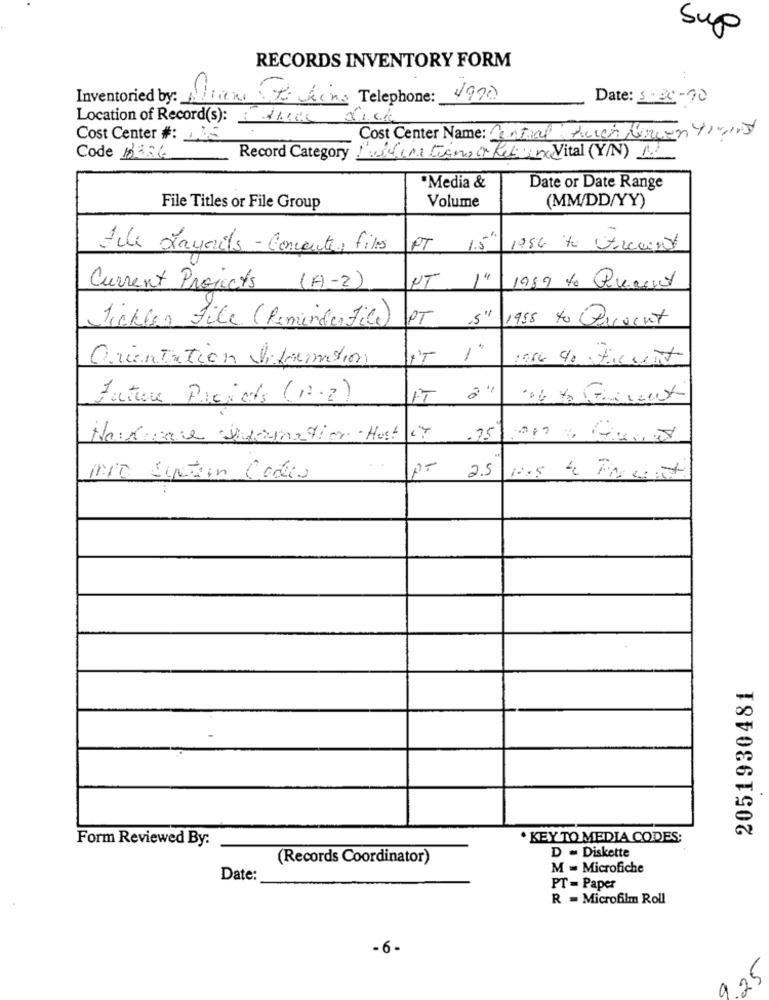
Sup
RECORDS INVENTORY FORM
Inventoried by: Arin to kina Telephone:
1900
Date: 5-30-90
Location of Record(s): Éticas Sick
Cost Center #: 135
Cost Center Name: Central Auch Hercon trains
Code 18336
Record Category
Publications a Recien Vital (Y/N) 1
·Media &
Date or Date Range
Volume
File Titles or File Group
(MM/DD/YY)
Alle J'avais - Computer files
PT 1.5"
1986 to trant
NT 1"
Current Projects
(A)-2)
1989 to Quant
Tickler File (ReminderFile) PT "
1958 to Prevent
Orientation Diformation
IT " "
are go ticunt
Facture Projets (1.2)
IT à'
Harware Sidamation- Hust
.75
Mit Suelen Cadio
P= 2.5
2051930481
Form Reviewed By:
. KEY TO MEDIA CODES:
D - Diskette
(Records Coordinator)
M = Microfiche
Date:
PT = Paper
R = Microfilm Roll
-6 -
15
92